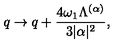
q \rightarrow q + { \frac { 4 \omega _ { 1 } \Lambda ^ { ( \alpha ) } } { 3 | \alpha | ^ { 2 } } } ,